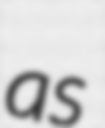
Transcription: as